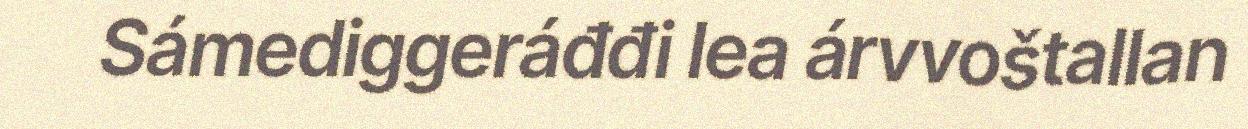
Sámediggeráđđi lea árvvoštallan